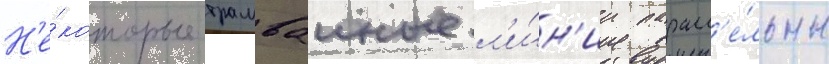
Н'е́которые трамваиные л'и́н'ии паралл'е́льны